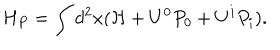
LaTeX: H _ { P } = \int d ^ { 2 } x ( { \mathcal { H } } + U ^ { 0 } P _ { 0 } + U ^ { i } P _ { i } ) .